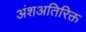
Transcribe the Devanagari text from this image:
अंशअतिरिक्त